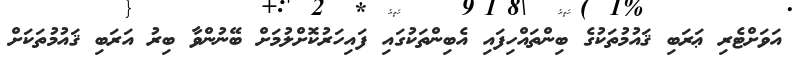
އަވަށްޓެރި ޢަރަބި ޤައުމުތަކުގެ ބިންތައްހިފައި އެބިންތަކުގައި ފައިހަރުކޮށްލުމަށް ބޭނުންވާ ބިރު އަރަބި ޤައުމުތަަކަށް